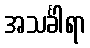
အသင်္ခါရာ